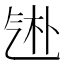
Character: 𬇑